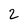
Character: 2